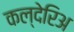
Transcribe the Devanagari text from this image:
कल्देरिअ